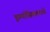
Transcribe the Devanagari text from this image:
इम्पॉसिबलमध्ये